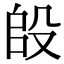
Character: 𭮫